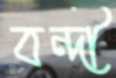
বন্দী